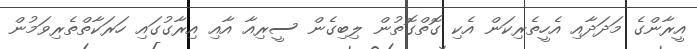
އީރާންގެ މަދަދާއި އެހީތެރިކަން އެކި ގޮތްގޮތުން ލިބިގެން ސީރިއާ އާއި އިރާގުގައި ހަރަކާތްތެރިވަމުން